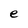
Character: e